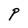
Character: P